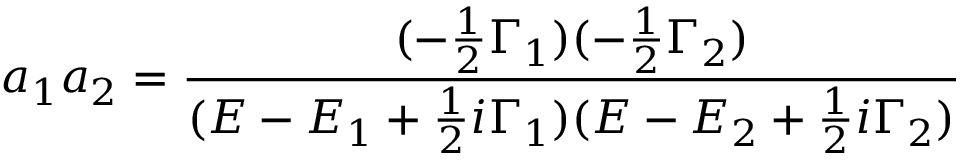
a _ { 1 } a _ { 2 } = { \frac { ( - { \frac { 1 } { 2 } } \Gamma _ { 1 } ) ( - { \frac { 1 } { 2 } } \Gamma _ { 2 } ) } { ( E - E _ { 1 } + { \frac { 1 } { 2 } } i \Gamma _ { 1 } ) ( E - E _ { 2 } + { \frac { 1 } { 2 } } i \Gamma _ { 2 } ) } }